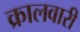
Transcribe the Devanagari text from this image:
क्रालवारी